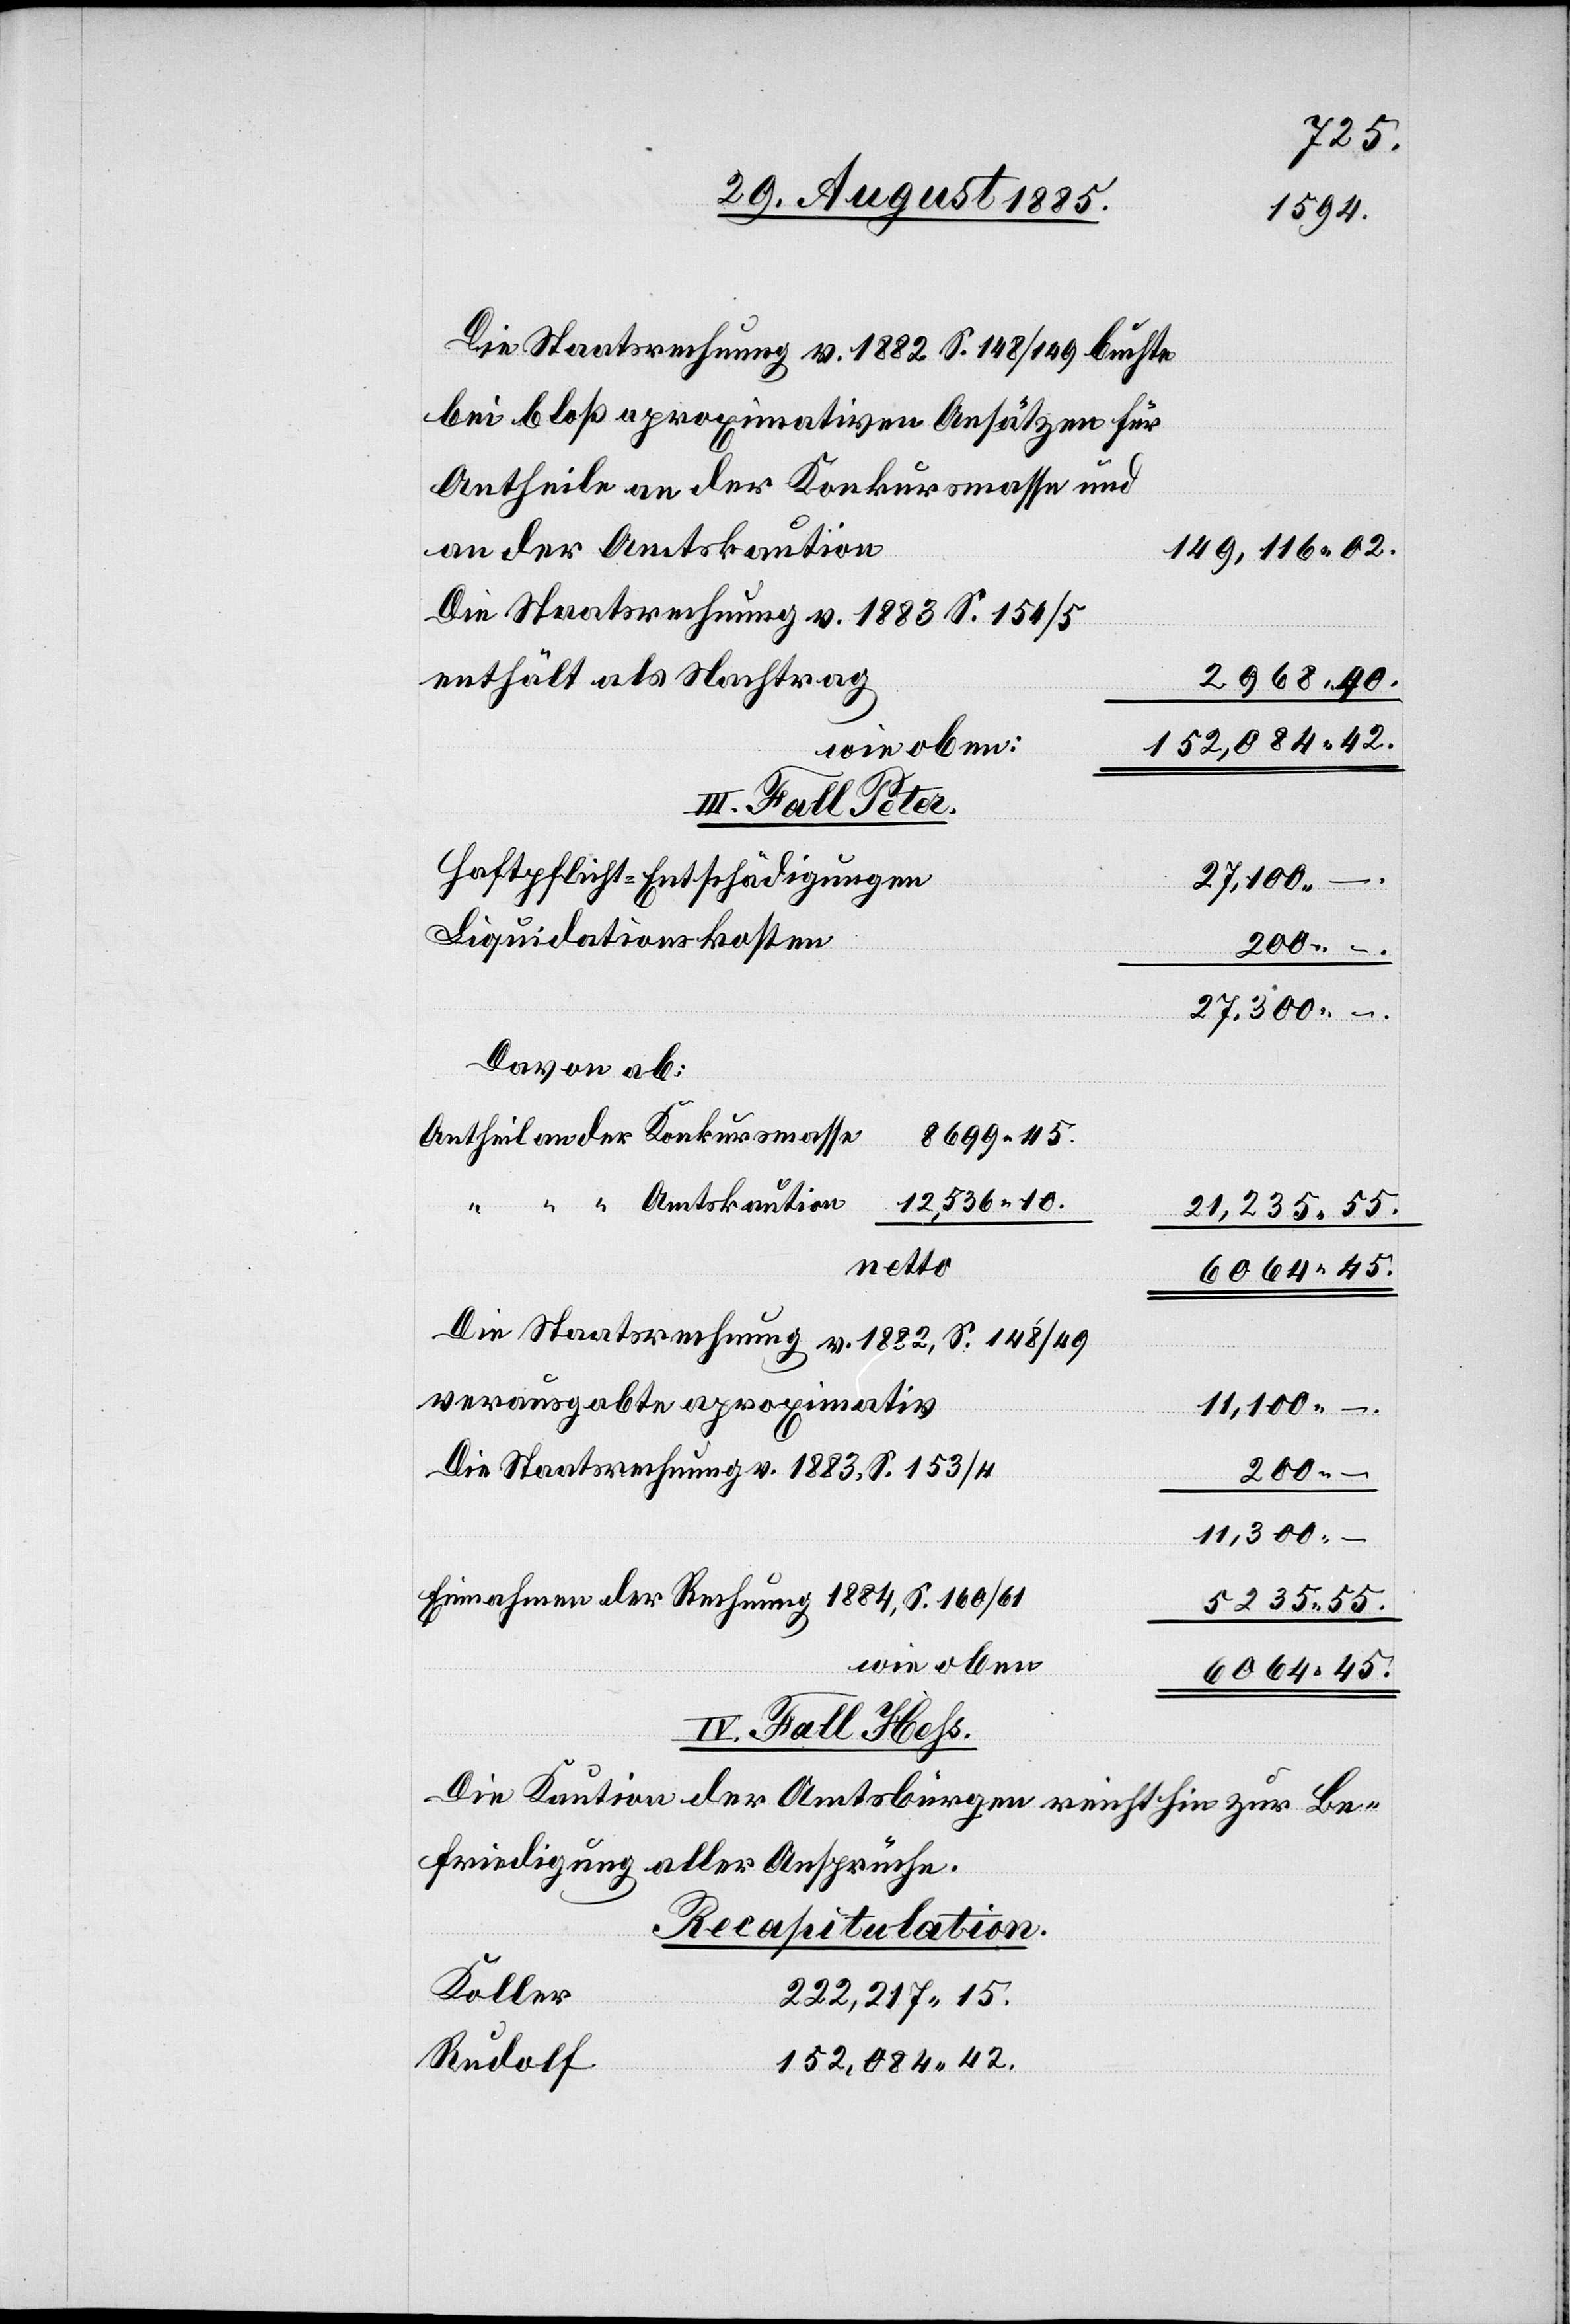
Die Staatsrechnung v. 1882 S. 148/149 buchte
bei bloß aproximativen Ansätzen für
Antheile an der Konkursmasse und
an der Amtskaution
149,116 02.
Die Staatsrechnung v. 1883 S. 154/5
enthält als Nachtrag
2968 90.
152,084 42.
wie oben:
Haftpflicht-Entschädigungen
“
12,539 10.
Liquidationskosten
200 –.
27,300 –.
Davon ab:
21,235 55.
6064 45.
Die Staatsrechnung v. 1882, S. 148/49
verausgabte aproximativ
11,100 –.
Die Staatsrechnung v. 1883, S. 153/4
200 –.
11,300 –.
Einnahmen der Rechnung 1884, S. 160/61
5235 55.
wie oben
6064 45.
IV. Fall Hess.
Die Kaution der Amtsbürgen reicht hin zur Be¬
friedigung aller Ansprüche.
Recapitulation.
Koller
222,217 15.
Rudolf
152,084 42.